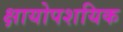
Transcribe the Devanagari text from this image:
क्षायोपशयिक